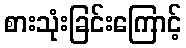
စားသုံးခြင်းကြောင့်